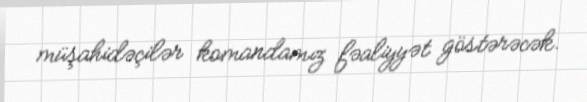
müşahidəçilər komandamız fəaliyyət göstərəcək.